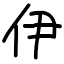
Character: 伊